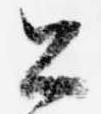
公